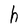
Character: h